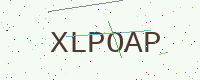
Text: XLPOAP